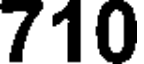
710